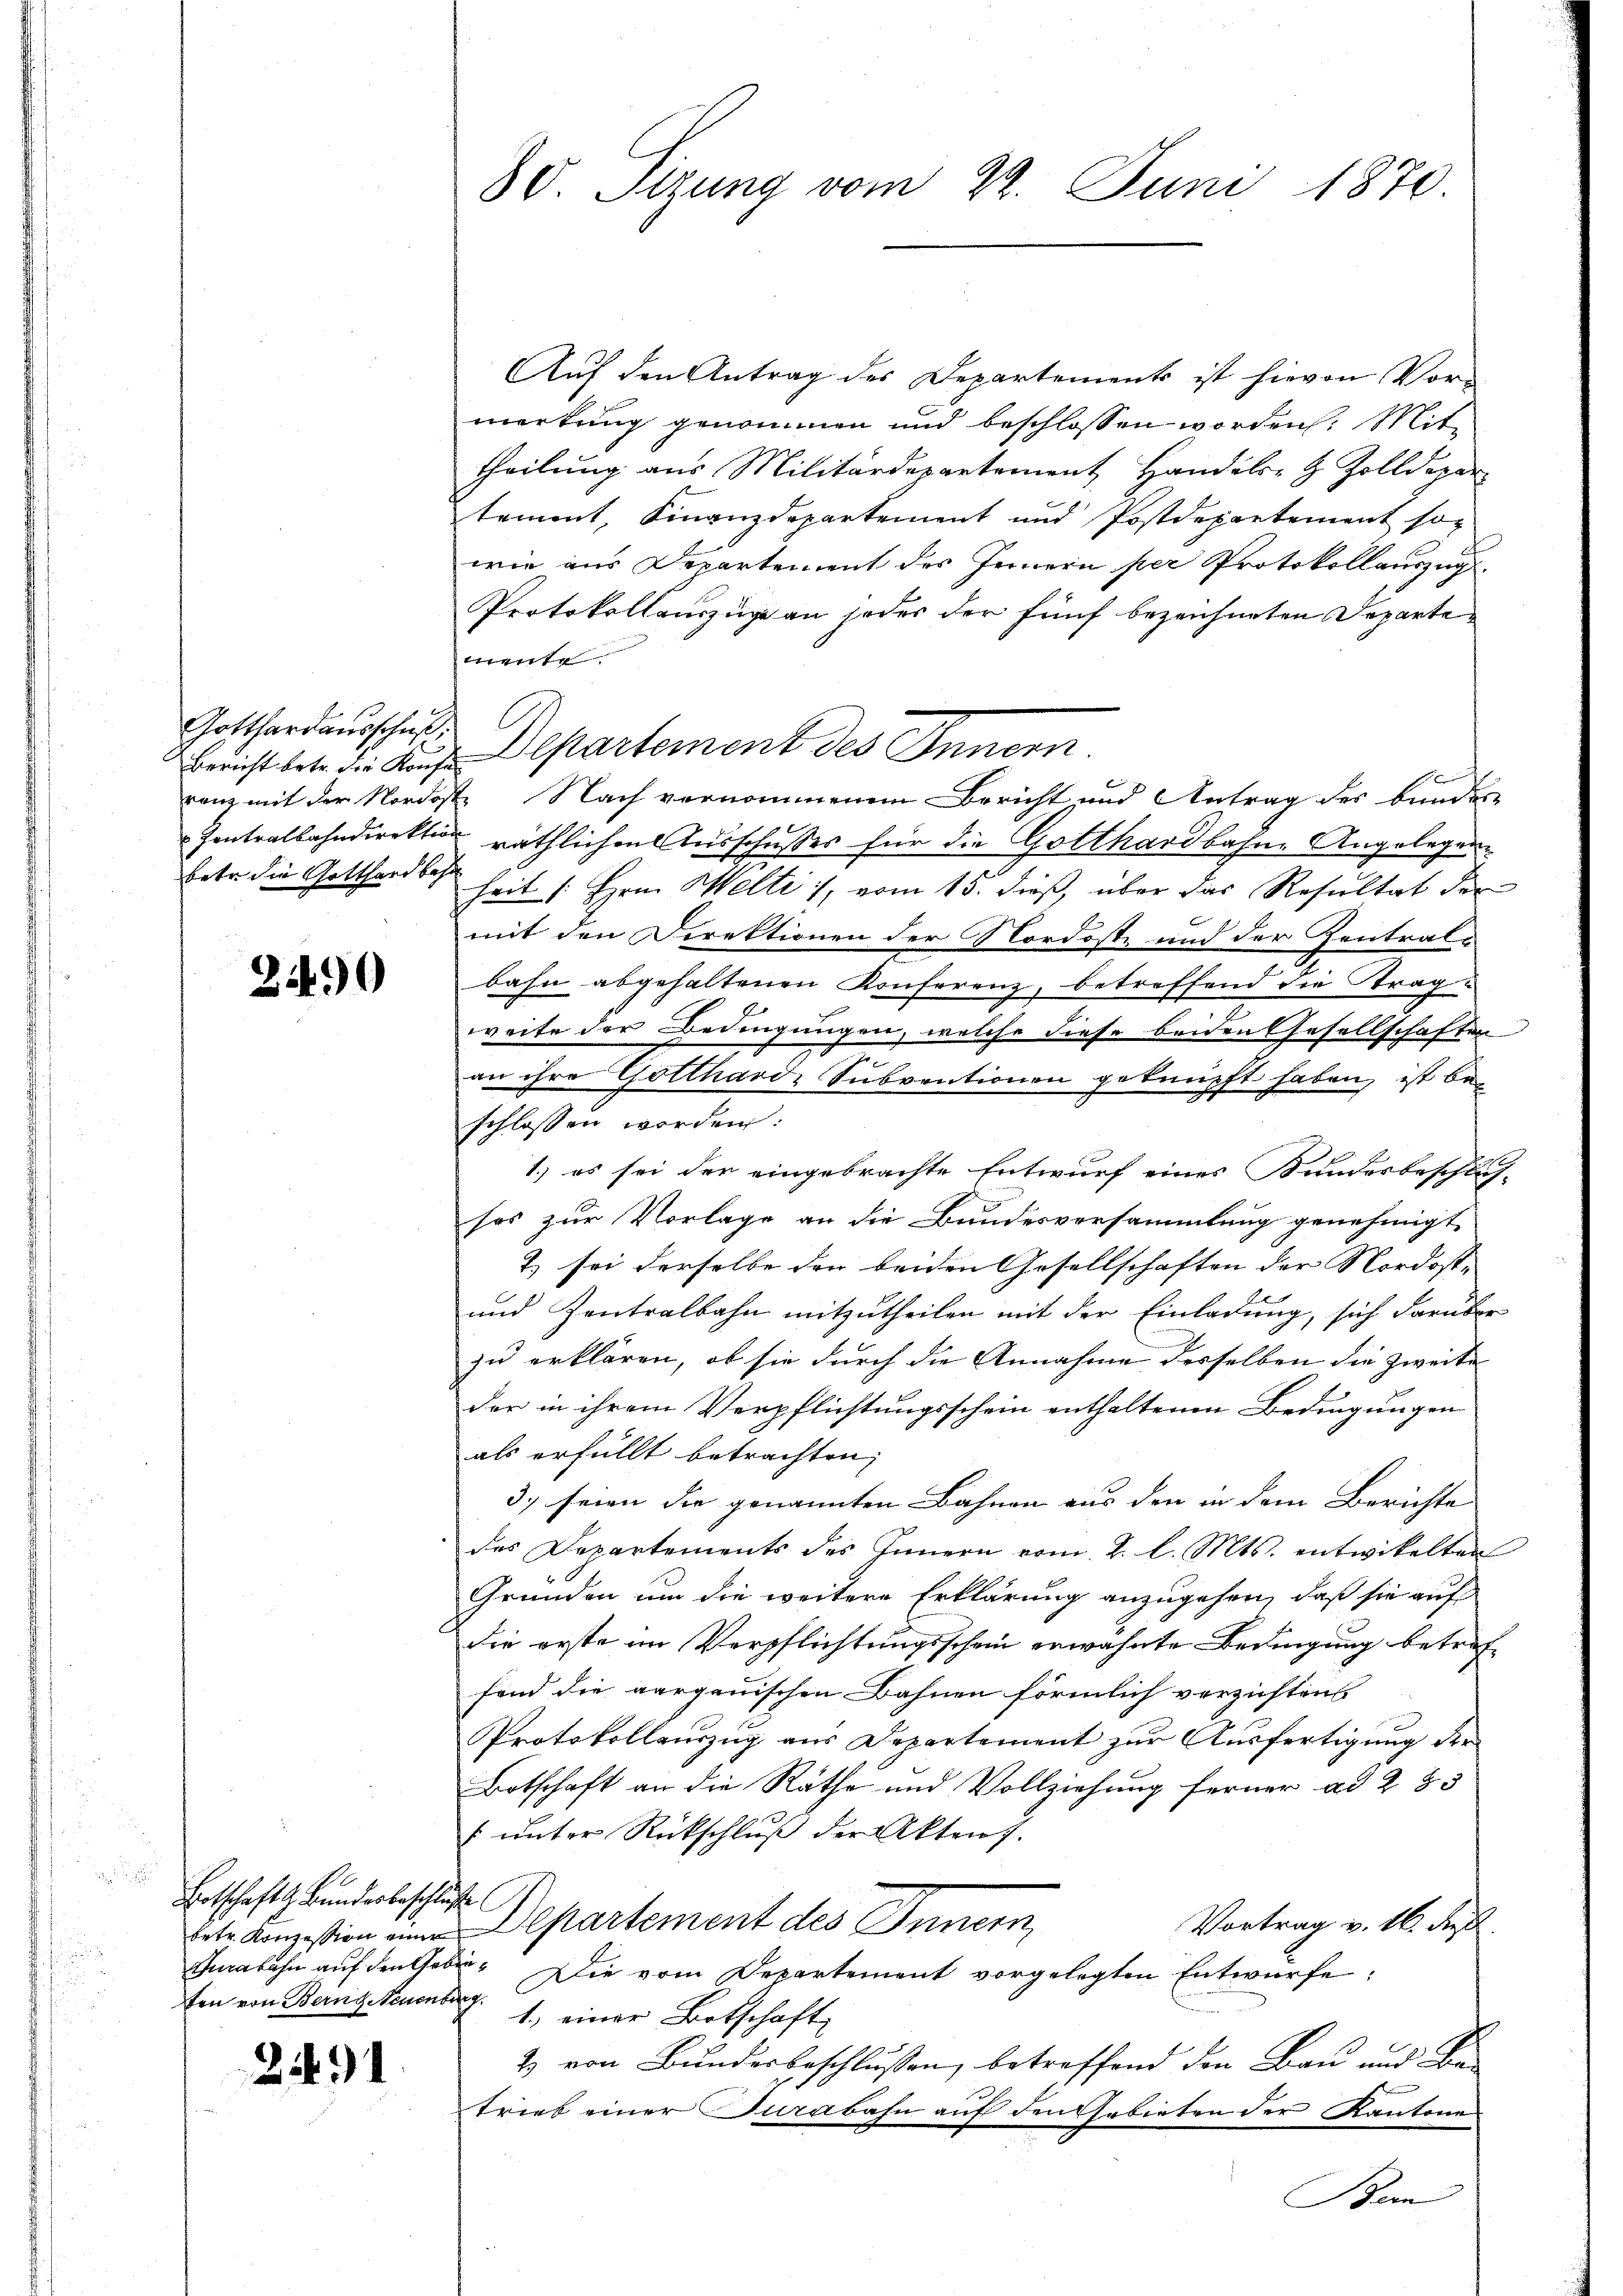
Gotthardausschaft
betr. die Gotthard bes

240

u
Entschafts Bundesbeschlusse

241

30. Sitzung vom 22. Juni 1870.

Aŭf den Antrag des Departements ist hievon Vor-
werkung genommen und beschlossen worden. Mit
theilung aus Militärdepartement Handels- & Zolldepar
tement, Finanzdepartement und Postdepartement so
wie aus Departement des Jennern per Protokollauszug
Protokollauszüge an jeder der fünf bezeichneten Departemente.
ranz mit der Nordoste Nach vernommenen Bericht und Antrag des bunder
Zentralbahndirektion räthlichen Ausschusses für die Gotthardbahne Angelegenheit [Hrn. Welti 1, vom 15. dieß, über das Resultat der
mit den Direktionen der Nordoste und der Zentralbahn abgehaltenen Konferenz, betreffend die tragweite der Bedingungen, welche diese beiden Gesellschaften
an ihre Gotthard-Subventionen geknüpft haben, ist be-
schlossen worden:
1.) es sei der eingebrachte Entwurf eines Kundesbeschlus-
sos zur Vorlage an die Bundesversammlung genehmigt,
2) sei derselbe der beiden Gesellschaften der Nordost-
und Zentralbahn mitzutheilen mit der Einladung, sich darüber
zu erklären, ob sie durch die Annahme desselben die zweite
der in ihrem Verpflichtungsschein enthaltenen Bedingungen
als erfüllt betrachten,
3) seien die genannten Bahnen aus den in dem Berichte
des Departements des Innern vom 2. l. Mts. entwickelten
Gründen um die weitere Erklärung anzugehen, daß sie auf
die erste im Verpflichtungsschein erwähnte Bedingung betref
fond die aarganischen Bahnen förmlich verzichtens
Protokollauszug aus Departement zur Ausfertigung der
Botschaft an die Rathe und Vollziehung ferner ad 283
 ŭnter Rückschlŭβ der Akten).
Vortrag v. 16. dieß
dete Konzesion einer Departement des Innern,
Gurabahn auf den Geben. Die vom Departement vorgelegten Entwürfe,
fen von Bernsteumbr. 1. einer Botschaft
2 von Bundesbeschlussen, betreffend den Bau und Betrieb einer Jurabahn auf den Gebieten der Kantonen
Bern

Bericht betr. die Kauf Departement des Innern.